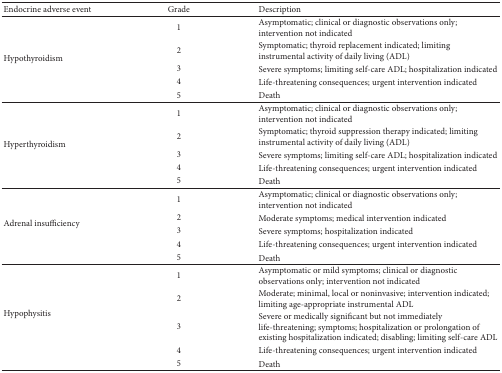
<table><thead><tr><td><b>Endocrine adverse event</b></td><td><b>Grade</b></td><td><b>Description</b></td></tr></thead><tbody><tr><td rowspan="5">Hypothyroidism</td><td>1</td><td>Asymptomatic; clinical or diagnostic observations only; intervention not indicated</td></tr><tr><td>2</td><td>Symptomatic; thyroid replacement indicated; limiting instrumental activity of daily living (ADL)</td></tr><tr><td>3</td><td>Severe symptoms; limiting self-care ADL; hospitalization indicated</td></tr><tr><td>4</td><td>Life-threatening consequences; urgent intervention indicated</td></tr><tr><td>5</td><td>Death</td></tr><tr><td rowspan="5">Hyperthyroidism</td><td>1</td><td>Asymptomatic; clinical or diagnostic observations only; intervention not indicated</td></tr><tr><td>2</td><td>Symptomatic; thyroid suppression therapy indicated; limiting instrumental activity of daily living (ADL)</td></tr><tr><td>3</td><td>Severe symptoms; limiting self-care ADL; hospitalization indicated</td></tr><tr><td>4</td><td>Life-threatening consequences; urgent intervention indicated</td></tr><tr><td>5</td><td>Death</td></tr><tr><td rowspan="5">Adrenal insufficiency</td><td>1</td><td>Asymptomatic; clinical or diagnostic observations only; intervention not indicated</td></tr><tr><td>2</td><td>Moderate symptoms; medical intervention indicated</td></tr><tr><td>3</td><td>Severe symptoms; hospitalization indicated</td></tr><tr><td>4</td><td>Life-threatening consequences; urgent intervention indicated</td></tr><tr><td>5</td><td>Death</td></tr><tr><td rowspan="5">Hypophysitis</td><td>1</td><td>Asymptomatic or mild symptoms; clinical or diagnostic observations only; intervention not indicated</td></tr><tr><td>2</td><td>Moderate; minimal, local or noninvasive; intervention indicated; limiting age-appropriate instrumental ADL</td></tr><tr><td>3</td><td>Severe or medically significant but not immediately life-threatening; symptoms; hospitalization or prolongation of existing hospitalization indicated; disabling; limiting self-care ADL</td></tr><tr><td>4</td><td>Life-threatening consequences; urgent intervention indicated</td></tr><tr><td>5</td><td>Death</td></tr></tbody></table>